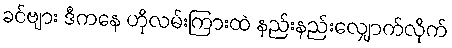
ခင်ဗျား ဒီကနေ ဟိုလမ်းကြားထဲ နည်းနည်းလျှောက်လိုက်